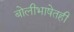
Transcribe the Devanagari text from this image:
बोलीभाषेतही